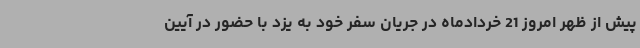
پیش از ظهر امروز 21 خردادماه در جریان سفر خود به یزد با حضور در آیین